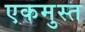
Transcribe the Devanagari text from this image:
एकमुस्त